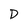
Character: D